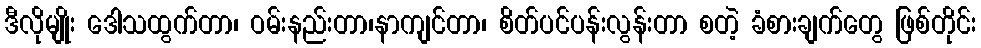
ဒီလိုမျိုး ဒေါသထွက်တာ၊ ဝမ်းနည်းတာ၊နာကျင်တာ၊ စိတ်ပင်ပန်းလွန်းတာ စတဲ့ ခံစားချက်တွေ ဖြစ်တိုင်း